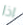
اذا